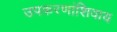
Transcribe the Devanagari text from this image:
उपकरणांशिवाय